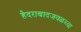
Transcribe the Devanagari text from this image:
हैदराबादजवळच्या